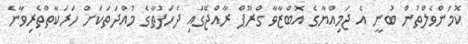
ކޮމަންވެލްތުން ބުނީ އެ ޖަމިއްޔާގެ އޮބްޒާވާ ގްރޫޕް ރާއްޖޭގައި ދެހަފުތާގެ މުއްދަތަކަށް ހަރަކާތްތެރިވާނެ